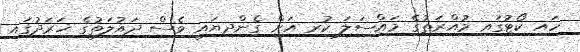
ހައި ކޯޓުގައި މުއްރަތުގެ މައްސަލަ ކުރި އަށް ގެންދިޔައީ ވެސް ދައުލަތުގެ ޚަރަދުގައި